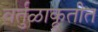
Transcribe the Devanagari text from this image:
वर्तुळाकृतीत